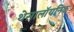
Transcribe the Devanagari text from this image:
थेसालॉयनिक